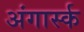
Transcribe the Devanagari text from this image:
अंगार्स्क